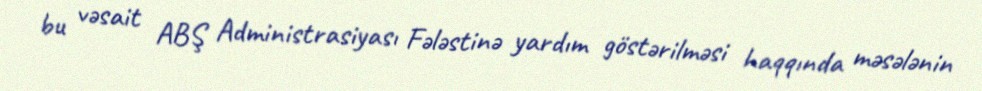
bu vəsait ABŞ Administrasiyası Fələstinə yardım göstərilməsi haqqında məsələnin